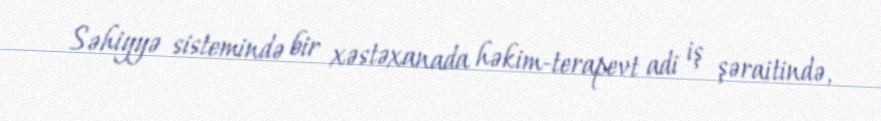
Səhiyyə sistemində bir xəstəxanada həkim-terapevt adi iş şəraitində,